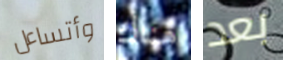
وأتساءل هناك بعد